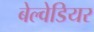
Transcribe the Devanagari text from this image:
बेल्वेडियर